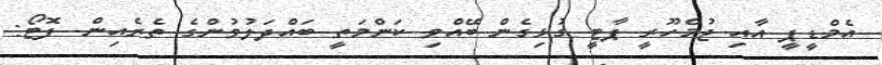
އެމްޑީޕީ އާއި ޖުމްހޫރީ ޕާޓީ ގުޅިގެން ބޭއްވި ކަންމަތީ ބައްދަލުވުންގެ ތެރެއިން- ފޮޓޯ: